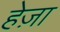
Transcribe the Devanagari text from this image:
हेज़ा